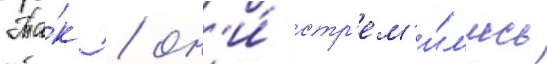
Та́к / он'и́ стр'ем'и́л'ись